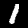
Digit: 1